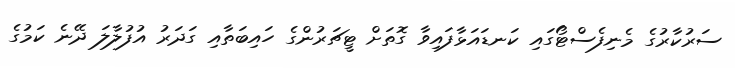
ސަރުކާރުގެ މެނިފެސްޓޯގައި ކަނޑައަޅާފައިވާ ގޮތަށް ޓީޗަރުންގެ ހައިބަތާއި ގަދަރު އުފުލާލަ ދޭނެ ކަމުގެ